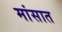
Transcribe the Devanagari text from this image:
मांसात